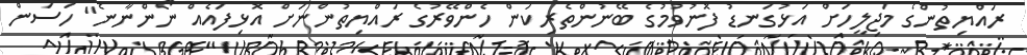
ރައްޔިތުންގެ މަޖިލީހަށް އަޅުގަނޑު ފޮނުވުމުގެ ބޭނުންތެރިކަން ހެންވޭރުގެ ރައްޔިތުންނަށް އޮޅިފައެއް ނޯންނާނެ" ހަސަން